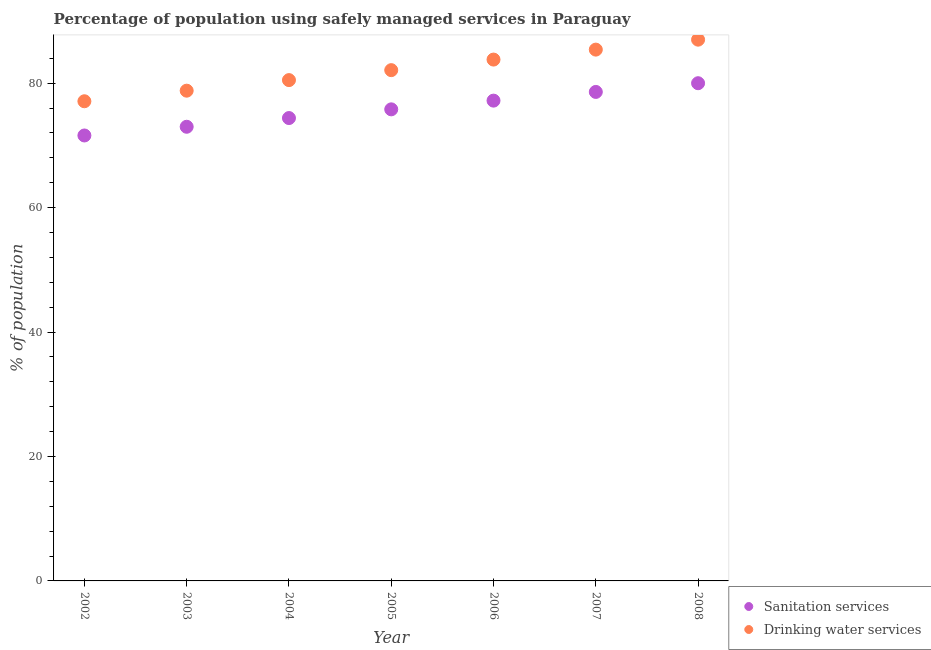
| Year | Sanitation services | Drinking water services |
 | --- | --- | --- |
 | 2002 | 71.6 | 77.1 |
 | 2003 | 73 | 78.8 |
 | 2004 | 74.4 | 80.5 |
 | 2005 | 75.8 | 82.1 |
 | 2006 | 77.2 | 83.8 |
 | 2007 | 78.6 | 85.4 |
 | 2008 | 80 | 87 |